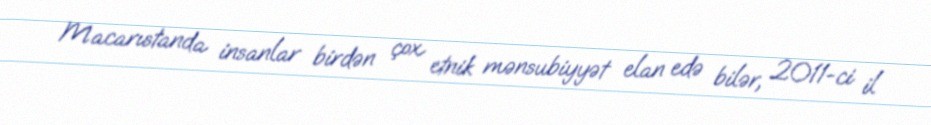
Macarıstanda insanlar birdən çox etnik mənsubiyyət elan edə bilər, 2011-ci il